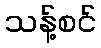
သန့်စင်